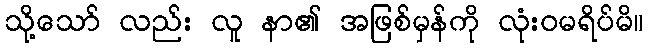
သို့သော် လည်း လူ နာ၏ အဖြစ်မှန်ကို လုံးဝမရိပ်မိ။